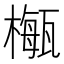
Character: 𣛏